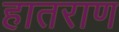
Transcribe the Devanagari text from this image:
हातराण